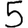
Digit: 5